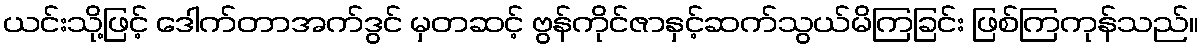
ယင်းသို့ဖြင့် ဒေါက်တာအက်ဒွင် မှတဆင့် ဗွန်ကိုင်ဇာနှင့်ဆက်သွယ်မိကြခြင်း ဖြစ်ကြကုန်သည်။